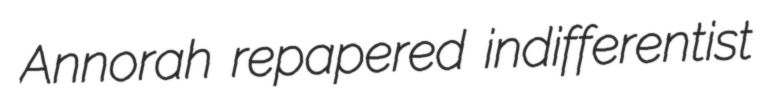
Annorah repapered indifferentist